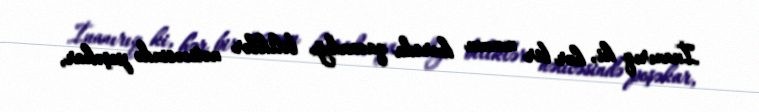
İnanırıq ki, hər bir məzun kursda qazandığı biliklər nəticəsində peşəkar,